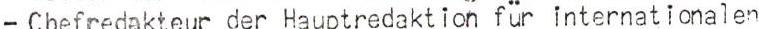
- Chefredakteur der Hauptredaktion für internationalen